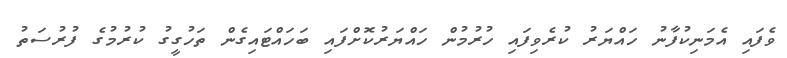
ވެފައި އެމަނިކުފާނު ހައްޔަރު ކުރެވިފައި ހުރުމުން ހައްޔަރުކޮށްފައި ބަހައްޓައިގެން ތަހުގީގު ކުރުމުގެ ފުރުސަތު